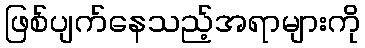
ဖြစ်ပျက်နေသည့်အရာများကို